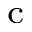
^ \mathrm { c }